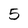
Character: 5